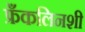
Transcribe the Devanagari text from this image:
फ्रँकलिनशी